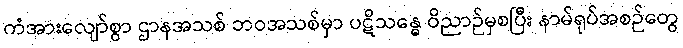
ကံအားလျော်စွာ ဌာနအသစ် ဘဝအသစ်မှာ ပဋိသန္ဓေ ဝိညာဉ်မှစပြီး နာမ်ရုပ်အစဉ်တွေ